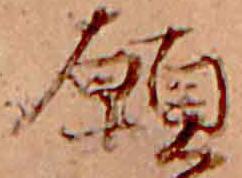
願